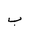
Letter: _ba